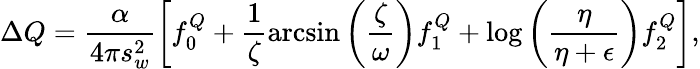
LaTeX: \Delta Q=\frac{\alpha}{4\pi s_{w}^{2}}\left[f_{0}^{Q}+\frac{1}{\zeta}\arcsin\left(\frac{\zeta}{\omega}\right)f_{1}^{Q}+\log\left(\frac{\eta}{\eta+\epsilon}\right)f_{2}^{Q}\right],